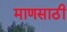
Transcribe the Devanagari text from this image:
माणसाठी